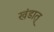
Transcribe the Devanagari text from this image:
खंडात्